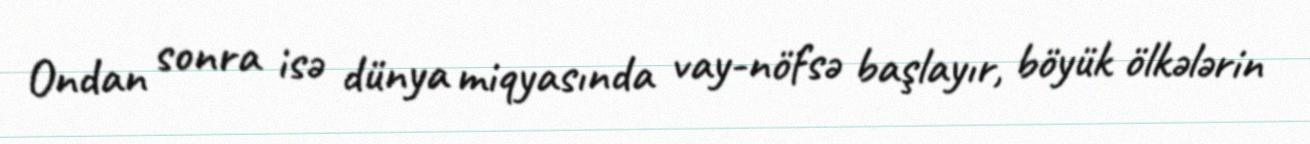
Ondan sonra isə dünya miqyasında vay-nöfsə başlayır, böyük ölkələrin